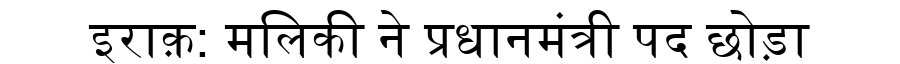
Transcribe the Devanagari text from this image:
इराक़: मलिकी ने प्रधानमंत्री पद छोड़ा